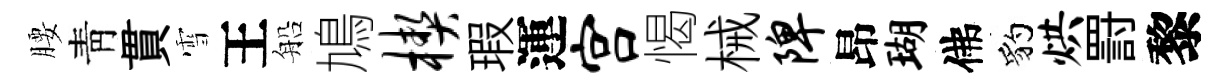
腰靑貫雪王船鳩楔瑕運宫愒械陴昂瑚佛豹烘罸黎